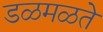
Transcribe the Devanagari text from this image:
डळमळते